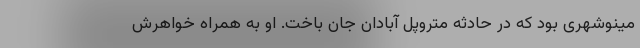
مینوشهری بود که در حادثه متروپل آبادان جان باخت. او به همراه خواهرش